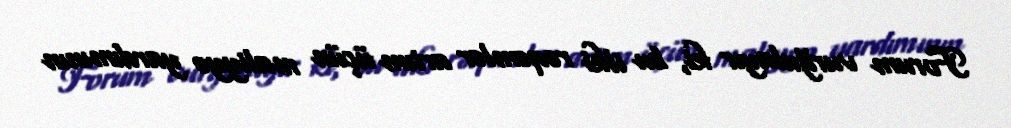
Forum vurğulayır ki, bu ilki rəqəmlər artım üçün maliyyə yardımının